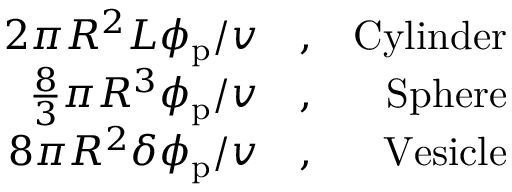
\begin{array} { r l r } { 2 \pi R ^ { 2 } L \phi _ { \mathrm { p } } / v } & { { } , } & { \mathrm { C y l i n d e r } } \\ { \frac { 8 } { 3 } \pi R ^ { 3 } \phi _ { \mathrm { p } } / v } & { { } , } & { \mathrm { S p h e r e } } \\ { 8 \pi R ^ { 2 } \delta \phi _ { \mathrm { p } } / v } & { { } , } & { \mathrm { V e s i c l e } } \end{array}